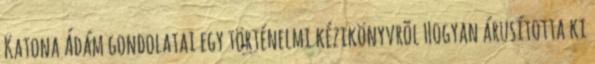
Katona Ádám gondolatai egy történelmi kézikönyvrõl Hogyan árusította ki